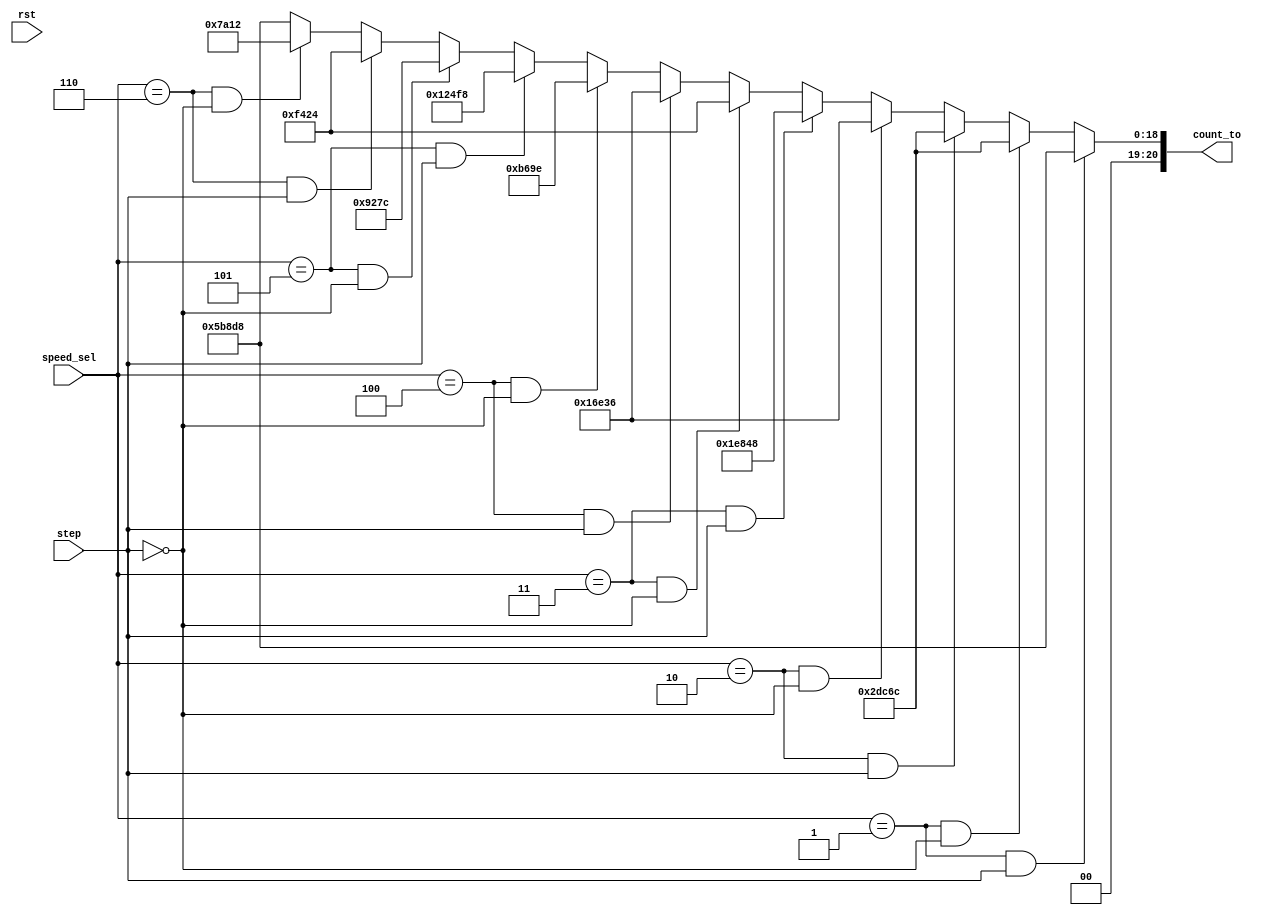
module speed_controller_sm(
	input wire rst,
	input wire step,
	input wire [2:0] speed_sel,
	output reg [20:0] count_to
);



// all the values must be *4 but in reality we got the right speed values by dividing by 4


// REAL VALUES 
parameter full_10rpm =21'd375000;	// 1500000
parameter full_20rpm =21'd187500;	// 750000
parameter full_30rpm =21'd125000;	// 500000
parameter full_40rpm =21'd93750;	// 375000
parameter full_50rpm =21'd75000;	// 300000
parameter full_60rpm =21'd62500;	// 250000
parameter half_10rpm =21'd187500;	// 750000
parameter half_20rpm =21'd93750;	// 375000
parameter half_30rpm =21'd62500;	// 250000
parameter half_40rpm =21'd46750;	//	187500
parameter half_50rpm =21'd37500;	//	150000
parameter half_60rpm =21'd31250;	// 125000


// VALUES FOR WAVEFORM TEST
//parameter full_10rpm =21'd1;	
//parameter full_20rpm =21'd2;	
//parameter full_30rpm =21'd3;	
//parameter full_40rpm =21'd4;	
//parameter full_50rpm =21'd5;	
//parameter full_60rpm =21'd6;	
//parameter half_10rpm =21'd7;	
//parameter half_20rpm =21'd8;	
//parameter half_30rpm =21'd9;	
//parameter half_40rpm =21'd10;	
//parameter half_50rpm =21'd11;	
//parameter half_60rpm =21'd12;	

// logic 
always @(*)
begin 	
			if (~rst)
				count_to <= full_10rpm;
			if ((speed_sel == 3'b001) && (step))
				count_to <= full_10rpm;
				
			else if ((speed_sel == 3'b001) && (~step))
				count_to <= half_10rpm;
				
			else if ((speed_sel == 3'b010) && (step))
				count_to <= full_20rpm;
				
			else if ((speed_sel == 3'b010) && (~step))
				count_to <= half_20rpm;
				
			else if ((speed_sel == 3'b011) && (step))
				count_to <= full_30rpm;
				
			else if ((speed_sel == 3'b011) && (~step))
				count_to <= half_30rpm;
				
			else if ((speed_sel == 3'b100) && (step))
				count_to <= full_40rpm;
				
			else if ((speed_sel == 3'b100) && (~step))
				count_to <= half_40rpm;
				
			else if ((speed_sel == 3'b101) && (step))
				count_to <= full_50rpm;
				
			else if ((speed_sel == 3'b101) && (~step))
				count_to <= half_50rpm;
				
			else if ((speed_sel == 3'b110) && (step))
				count_to <= full_60rpm;
				
			else if ((speed_sel == 3'b110) && (~step))
				count_to <= half_60rpm;
			else
				count_to <= full_10rpm;
end 


endmodule